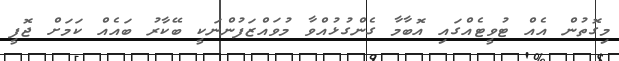
މިގޮތުން އެއް ޓުވީޓެއްގައި އޮބާމާ ގެންގުޅުއްވާ މުވައްޒަފުންނަކީ ބޭކާރު ބައެއް ކަމަށް ޖޮފީ